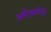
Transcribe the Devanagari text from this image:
अष़ीक्कोट्टा